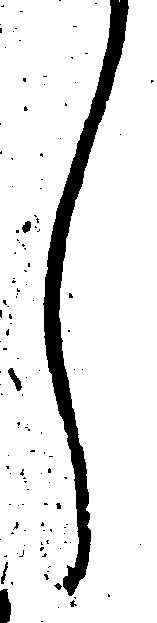
し